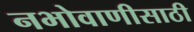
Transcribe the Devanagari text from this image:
नभोवाणीसाठी